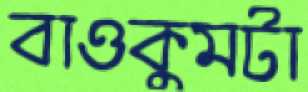
বাওকুমটা